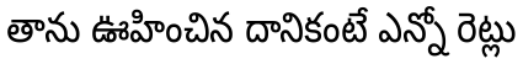
తాను ఊహించిన దానికంటే ఎన్నో రెట్లు